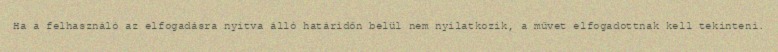
Ha a felhasználó az elfogadásra nyitva álló határidőn belül nem nyilatkozik, a művet elfogadottnak kell tekinteni.